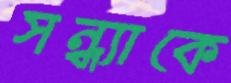
সন্ধ্যাকে